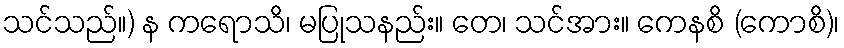
သင်သည်။) န ကရောသိ၊ မပြုသနည်း။ တေ၊ သင်အား။ ကေနစိ (ကောစိ)၊